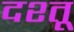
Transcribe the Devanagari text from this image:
दश्तू